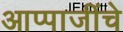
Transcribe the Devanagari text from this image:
आप्पाजींचे